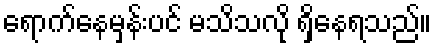
ရောက်နေမှန်းပင် မသိသလို ရှိနေရသည်။